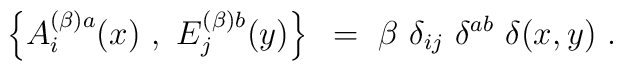
\left \{ A_i^{(\beta) a} (x)~,~E_j^{(\beta) b}(y)\right \}~=~\beta~ \delta_{ij}~\delta^{ab}~ \delta(x,y)~.